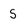
Character: 5